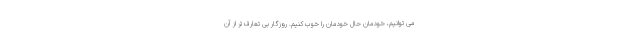
می توانیم، خودمان حال خودمان را خوب کنیم. روزگار بی تعارف تر از آن